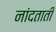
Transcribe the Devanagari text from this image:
नांदताती